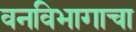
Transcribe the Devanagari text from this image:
वनविभागाचा